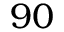
9 0